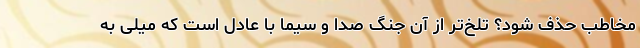
مخاطب حذف شود؟ تلخ‌تر از آن جنگ صدا و سیما با عادل است که میلی به